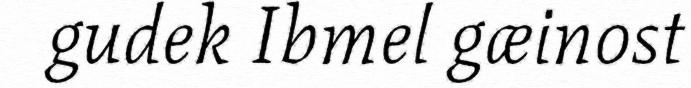
gudek Ibmel gæinost